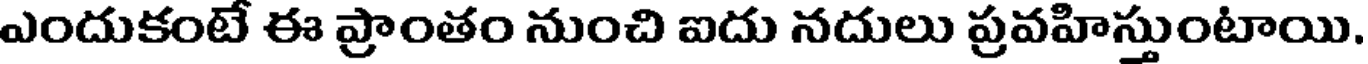
ఎందుకంటే ఈ ప్రాంతం నుంచి ఐదు నదులు ప్రవహిస్తుంటాయి.